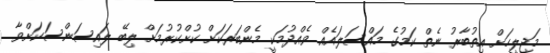
މަޖިލީހަށް އިތުބާރު ނެތް ކަމުގެ މައްސަލައެއް ވެއްދުމަކީ މެންބަރަކަށް ކުށްކުރުމަށް ލިބޭ ލައިސަންސަކަށްވާ